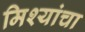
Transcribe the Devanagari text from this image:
मिश्यांचा